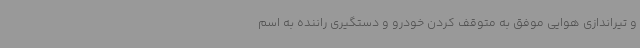
و تیراندازی هوایی موفق به متوقف کردن خودرو و دستگیری راننده به اسم